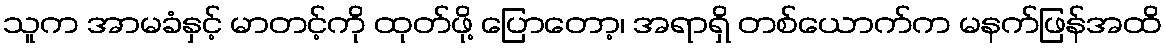
သူက အာမခံနှင့် မာတင့်ကို ထုတ်ဖို့ ပြောတော့၊ အရာရှိ တစ်ယောက်က မနက်ဖြန်အထိ